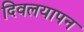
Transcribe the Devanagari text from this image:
दिवलयापन